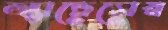
অ্যাড্রেসের